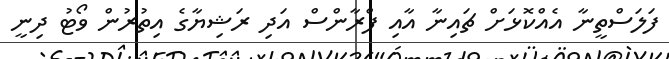
ފަލަސްތީނާ އެއްކޮޅަށް ޗައިނާ އާއި ފްރާންސް އަދި ރަޝިޔާގެ އިތުރުން ވޯޓު ދިނީ